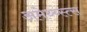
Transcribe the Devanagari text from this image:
अमेथ्य्स्त्स